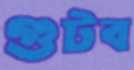
গুটব